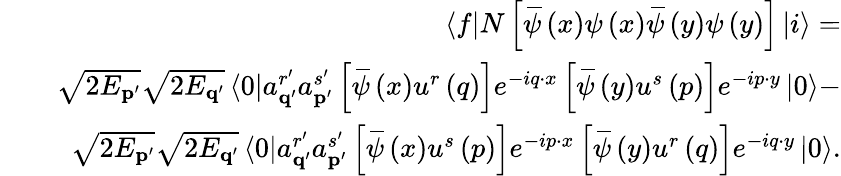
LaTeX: \begin{array}{rlr}&{}&{\left\langle f\right\vert N\left[\, \overline{{\! {\psi}}}\left(x\right)\psi\left(x\right)\, \overline{{\! {\psi}}}\left(y\right)\psi\left(y\right)\right]\left\vert i\right\rangle=}\\ &{}&{\sqrt{2E_{\mathbf{p}^{\prime}}}\sqrt{2E_{\mathbf{q}^{\prime}}}\left\langle 0\right\vert a_{\mathbf{q}^{\prime}}^{r^{\prime}}a_{\mathbf{p}^{\prime}}^{s^{\prime}}\left[\, \overline{{\! {\psi}}}\left(x\right)u^{r}\left(q\right)\right]e^{-iq\cdot x}\left[\, \overline{{\! {\psi}}}\left(y\right)u^{s}\left(p\right)\right]e^{-ip\cdot y}\left\vert 0\right\rangle-}\\ &{}&{\sqrt{2E_{\mathbf{p}^{\prime}}}\sqrt{2E_{\mathbf{q}^{\prime}}}\left\langle 0\right\vert a_{\mathbf{q}^{\prime}}^{r^{\prime}}a_{\mathbf{p}^{\prime}}^{s^{\prime}}\left[\, \overline{{\! {\psi}}}\left(x\right)u^{s}\left(p\right)\right]e^{-ip\cdot x}\left[\, \overline{{\! {\psi}}}\left(y\right)u^{r}\left(q\right)\right]e^{-iq\cdot y}\left\vert 0\right\rangle.}\end{array}